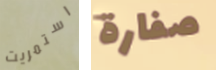
استمريت صفارة